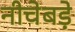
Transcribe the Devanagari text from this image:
नीचेबड़े